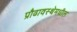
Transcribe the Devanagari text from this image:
प्रौढावस्थेमधील